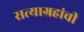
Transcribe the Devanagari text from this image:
सत्याग्रहांची